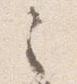
之